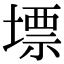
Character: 墂